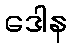
ဒေါန